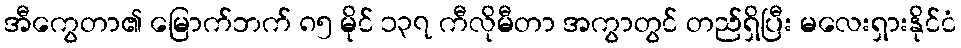
အီကွေတာ၏ မြောက်ဘက် ၈၅ မိုင် ၁၃၇ ကီလိုမီတာ အကွာတွင် တည်ရှိပြီး မလေးရှားနိုင်ငံ